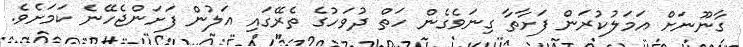
ގާނޫނަށް އަމަލުކުރަން ފަށާތާ ގިނަވެގެން ހަތް ދުވަހުގެ ތެރޭގައި އަލުން ފަށަންޖެހޭނެ ކަމަށެވެ.